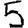
Digit: 5